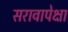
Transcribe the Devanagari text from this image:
सरावापेक्षा